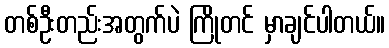
တစ်ဦးတည်းအတွက်ပဲ ကြိုတင် မှာချင်ပါတယ်။